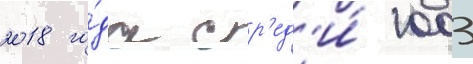
2018 го́да ср'ед'и́ 1003